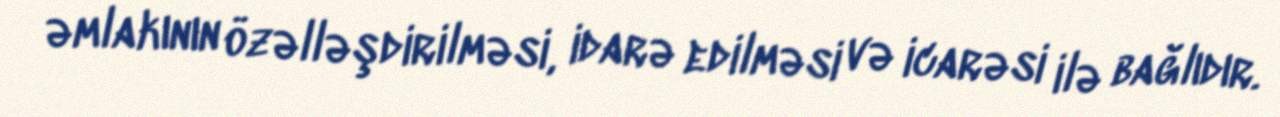
əmlakının özəlləşdirilməsi, idarə edilməsi və icarəsi ilə bağlıdır.